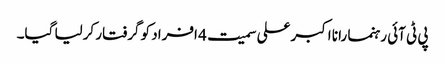
پی ٹی آئی رہنما رانا اکبرعلی سمیت 4 افراد کو گرفتار کرلیا گیا۔